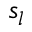
s _ { l }